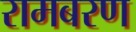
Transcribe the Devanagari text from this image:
रामबरण